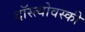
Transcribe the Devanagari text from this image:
दॉस्त्योवस्की